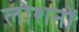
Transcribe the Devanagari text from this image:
लोशनों